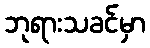
ဘုရားသခင်မှာ